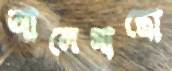
আলেসান্ত্রো